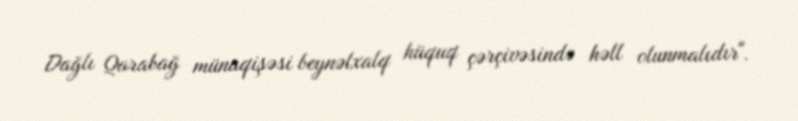
Dağlı Qarabağ münaqişəsi beynəlxalq hüquq çərçivəsində həll olunmalıdır".